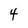
Character: 4